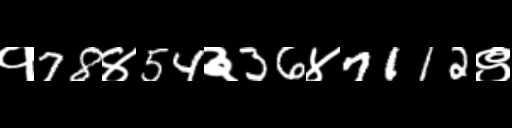
Text: १78४54३36४7112९